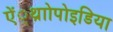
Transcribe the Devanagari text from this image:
ऐं्थ्राोपोइडिया